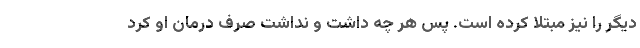
دیگر را نیز مبتلا کرده است. پس هر چه داشت و نداشت صرف درمان او کرد